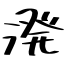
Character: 溌